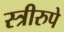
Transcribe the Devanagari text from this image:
स्त्रीरुपे